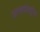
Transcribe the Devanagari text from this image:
अन्तर्राश्ट्रीय